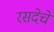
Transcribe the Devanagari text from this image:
रसदेचे